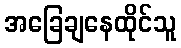
အခြေချနေထိုင်သူ